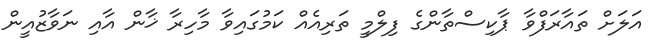
އަލަށް ތައާރަފްވާ ޕާކިސްތާންގެ ފިލްމީ ތަރިއެއް ކަމުގައިވާ މާހިރާ ޚާން އާއި ނަވާޒުއީން